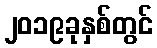
၂၀၁၉ခုနှစ်တွင်